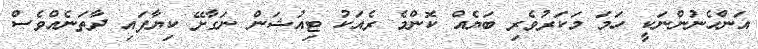
އަންހެނުންނަކީ ހަމަ މަކަރުވެރި ބަޔެއް ކޮންމެ ރެއަކު ޓިއުޝަން ނަގާށޭ ކިޔާފައި ދާތަނެއްވެސް